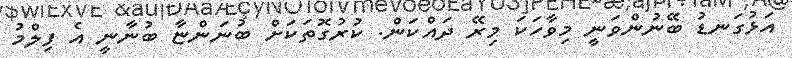
އަޅުގަނޑު ބޭނުންވަނީ މިވާހަކަ މިރޭ ދައްކަން. ކުރުގޮތަކަށް ބުނަންޏާ ބުނާނީ އެ ފިލްމު